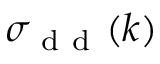
\sigma _ { \mathrm { ~ d ~ d ~ } } ( k )